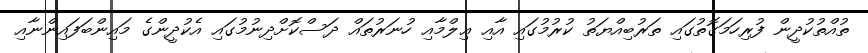
ތުއްތުކުދީން ފުރިހަމަގޮތުގައި ތަރުބިއްޔަތު ކުރުމުގައި އާއި ޢިލްމާއި ހުނަރުތައް ދަސްކޮށްދިނުމުގައި އެކުދީންގެ މައިންބަފައިންނާއި